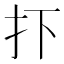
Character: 𢩹